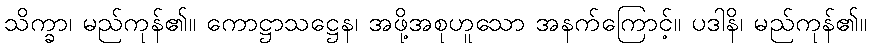
သိက္ခာ၊ မည်ကုန်၏။ ကောဋ္ဌာသဋ္ဌေန၊ အဖို့အစုဟူသော အနက်ကြောင့်။ ပဒါနိ၊ မည်ကုန်၏။